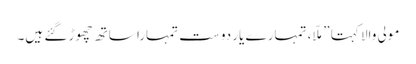
مولی والا کہتا ”ملّا، تمہارے یار دوست تمہارا ساتھ چھوڑ گئے ہیں۔